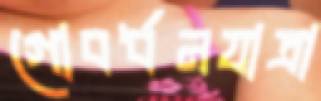
গোবর্ধনযাত্রা